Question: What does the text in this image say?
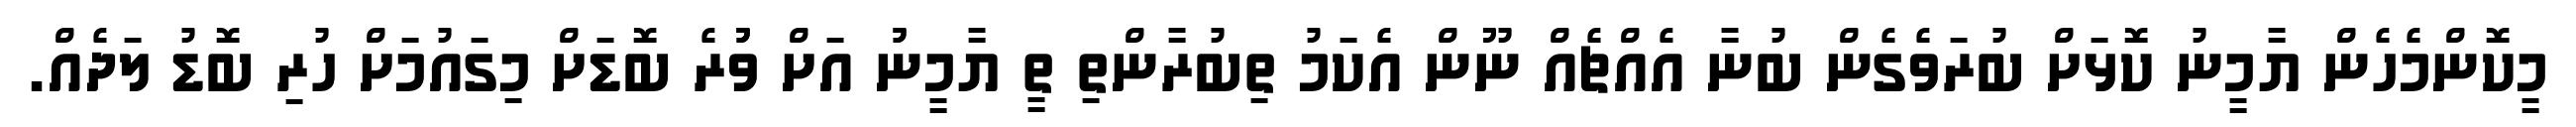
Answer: މީކޮންމެހެން ޔާމީނު ކޮޅަށް ބުރަވެގެން ބުނާ އެއްޗެއް ނޫން އެކަމު ތިބުރާންތި ތީ ޔާމީނުު އަށް ވުުުރެ ބޮޑަށް މިގައުމަށް ހުރި ބޮޑު ލަދެއް.